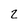
Character: 2